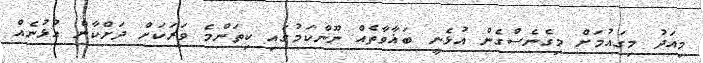
މިއަދު މިގައުމަށް މިގެނެސްގެން އުޅެނީ ބަޣާވާތެއް ނޫންކަމުގައި ކިތަންމެ ވަރަކަށް ދަށްކާން އުޅުނެއް